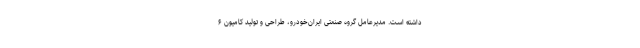
داشته است. مدیرعامل گروه صنعتی ایران‌خودرو، طراحی و تولید کامیون ۶